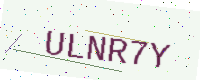
Text: ULNR7Y